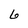
Character: 6